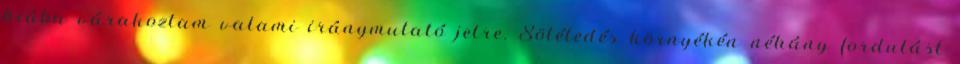
hiába várakoztam valami iránymutató jelre. Sötétedés környékén néhány fordulást